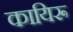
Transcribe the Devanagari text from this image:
कायिरू